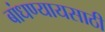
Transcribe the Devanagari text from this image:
बांधण्यायसाठी